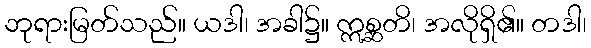
ဘုရားမြတ်သည်။ ယဒါ၊ အခါ၌။ ဣစ္ဆတိ၊ အလိုရှိ၏။ တဒါ၊